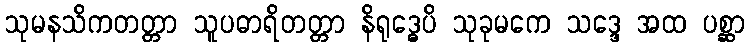
သုမနသိကတတ္တာ သူပဓာရိတတ္တာ နိရုဒ္ဓေပိ သုခုမကေ သဒ္ဒေ အထ ပစ္ဆာ